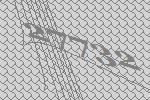
27732